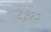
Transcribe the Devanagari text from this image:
८४१२